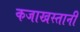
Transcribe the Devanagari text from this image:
कजाखस्तानी